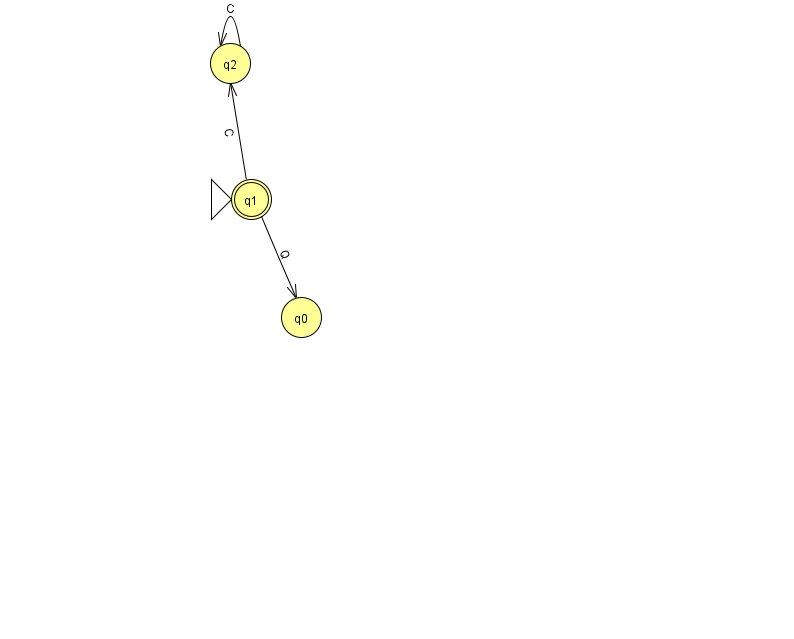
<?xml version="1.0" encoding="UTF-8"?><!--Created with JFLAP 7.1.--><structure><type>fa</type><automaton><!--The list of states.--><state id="0" name="q0"><x>301.0</x><y>304.0</y></state><state id="1" name="q1"><x>251.0</x><y>186.0</y><initial/><final/></state><state id="2" name="q2"><x>230.0</x><y>50.0</y></state><!--The list of transitions.--><transition><from>2</from><to>2</to><read>C</read></transition><transition><from>1</from><to>2</to><read>C</read></transition><transition><from>1</from><to>0</to><read>Q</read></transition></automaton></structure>